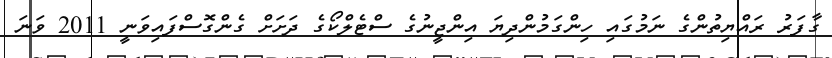
ގާފަރު ރައްޔިތުންގެ ނަމުގައި ހިންގަމުންދިޔަ އިންޖީނުގެ ސްޓެލްކޯގެ ދަށަށް ގެންގޮސްފައިވަނީ 2011 ވަނަ